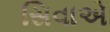
સિવાએ